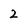
Character: 2